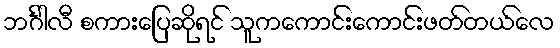
ဘင်္ဂါလီ စကားပြေဆိုရင် သူကကောင်းကောင်းဖတ်တယ်လေ